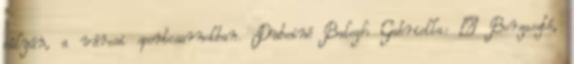
pályán, a városi sportcsarnokban. Dubeiné Balogh Gabriella: – Borzasztó,